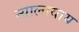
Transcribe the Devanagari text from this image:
न्यालायाय